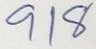
918